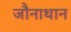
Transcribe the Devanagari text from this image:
जौनाथान